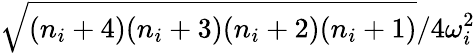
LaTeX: \sqrt{(n_{i}+4)(n_{i}+3)(n_{i}+2)(n_{i}+1)}/{4\omega_{i}^{2}}